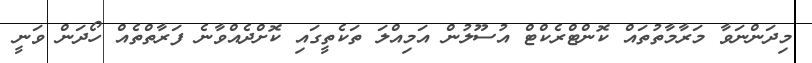
މިދަންނަވާ މަރާމާތުތައް ކޮންޓްރެކްޓް އުސޫލުން އަމިއްލަ ތަކެތީގައި ކޮށްދެއްވާނެ ފަރާތްތެއް ހޯދަން ވަނީ